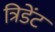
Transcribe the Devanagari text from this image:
त्रिडेंट